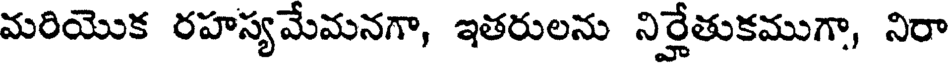
మరియొక రహస్యమేమనగా, ఇతరులను నిర్హేతుకముగా, నిరా